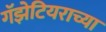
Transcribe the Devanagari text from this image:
गॅझेटियराच्या